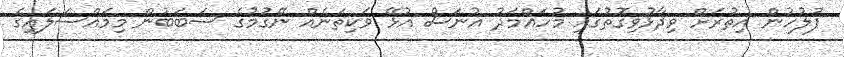
ފުލުހުން އިތުރަށް ވިދާޅުވިގޮތުގައި މުހައްމަދު އުނަސް އުޅޭ ވަކިތަނެއް ނޭގުމުގެ ސަބަބުން މިމައްސަލައިގެ